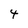
Character: 4